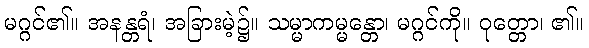
မဂ္ဂင်၏။ အနန္တရံ၊ အခြားမဲ့၌။ သမ္မာကမ္မန္တော၊ မဂ္ဂင်ကို။ ဝုတ္တော၊ ၏။